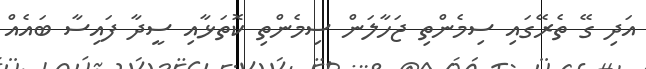
އަދި ގޭ ތެރޭގައި ސިމެންތި ޖަހާލަން ސިމެންތި ކޮތަޅާއި ސީދާ ފައިސާ ބައެއް